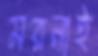
মরনাই